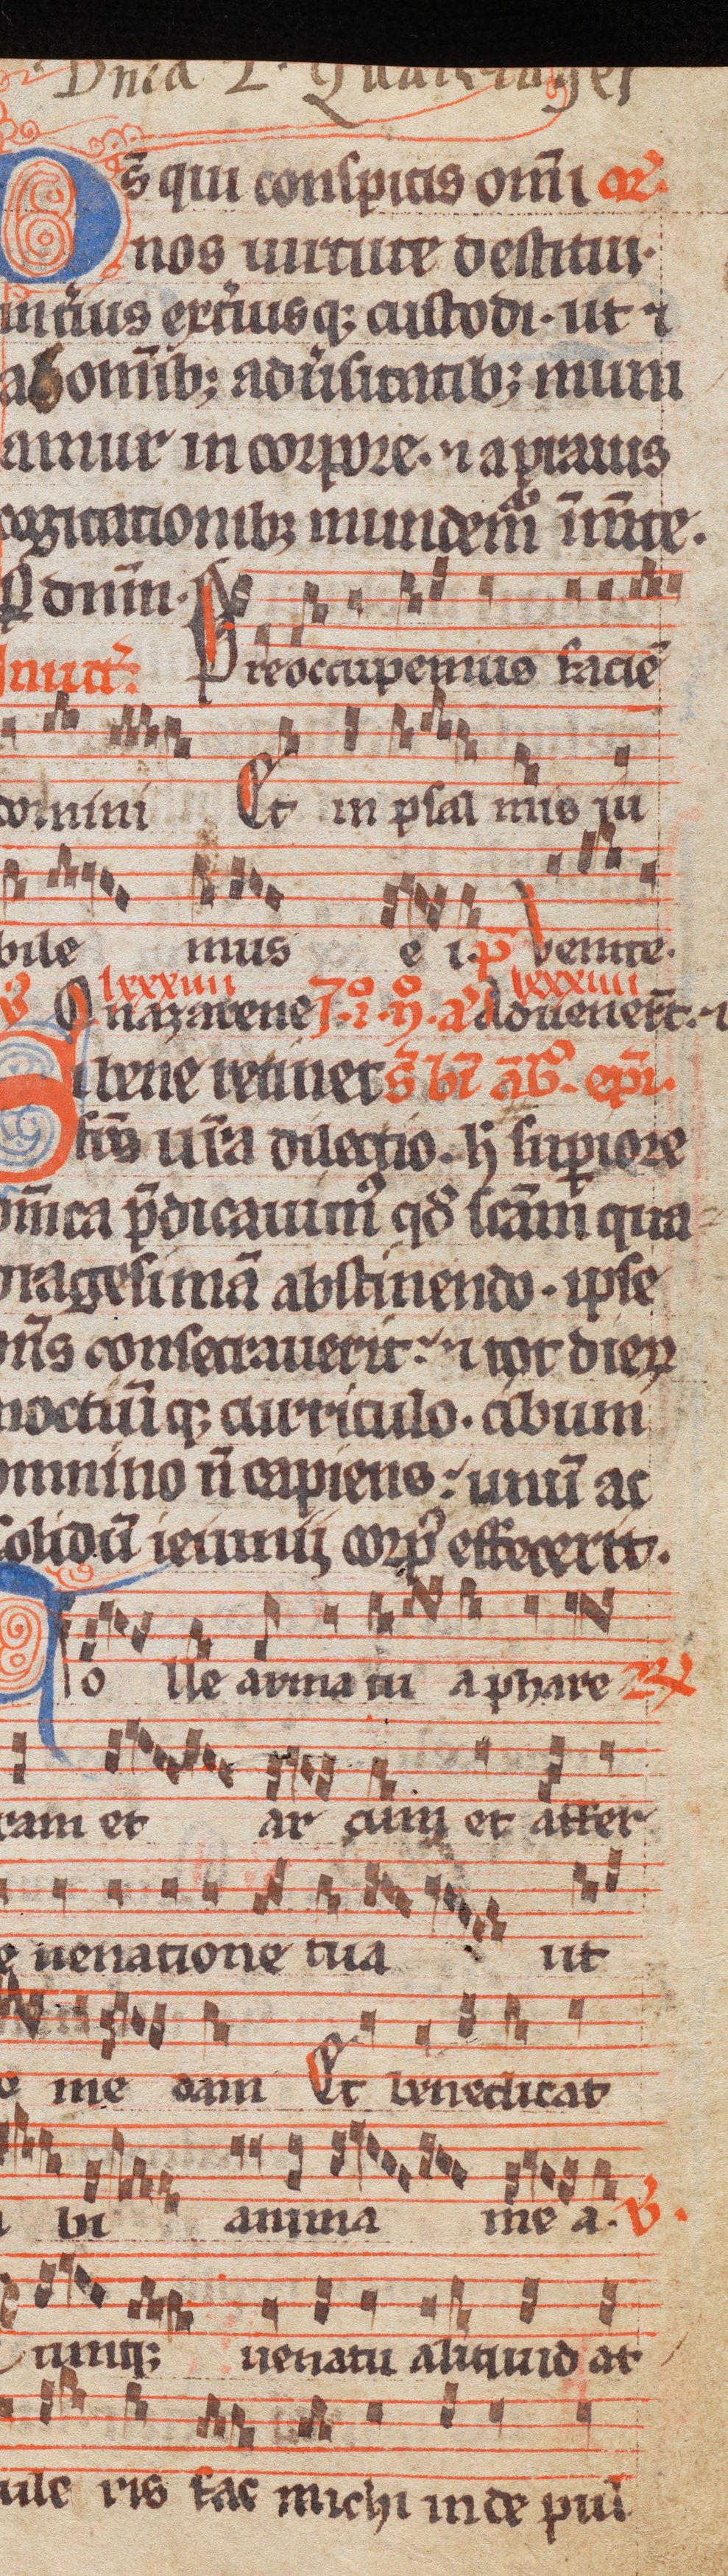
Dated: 1285–1315